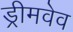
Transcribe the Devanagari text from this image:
ड्रीमवेव